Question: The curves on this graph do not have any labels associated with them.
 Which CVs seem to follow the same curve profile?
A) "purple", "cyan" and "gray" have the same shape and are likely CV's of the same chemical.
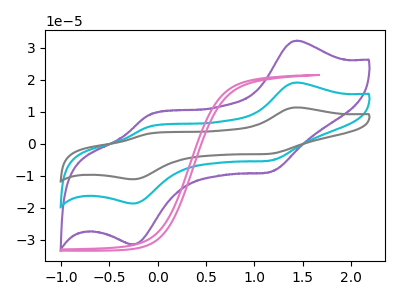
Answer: <think>The purple curve "purple" has anodic peaks at (1.45V, 32.15uA) (-0.10V, 8.95uA) and cathodic peaks at (1.15V, -8.80uA) (-0.25V, -31.40uA). The cyan curve "cyan" has anodic peaks at (1.45V, 19.10uA) (-0.10V, 5.30uA) and cathodic peaks at (1.15V, -5.20uA) (-0.25V, -18.65uA). The gray curve "gray" has anodic peaks at (1.45V, 38.20uA) (-0.10V, 10.65uA) and cathodic peaks at (1.15V, -10.45uA) (-0.25V, -37.30uA). The pink curve "pink" has no peaks.
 All the peaks in "purple" have a peak in "cyan" at the same potential. Every peak in "purple" is higher than every peak in "cyan". All the peaks in "purple" have a peak in "gray" at the same potential. Every peak in "purple" is lower than every peak in "gray". "purple" and "pink" have a different number of peaks. All the peaks in "cyan" have a peak in "gray" at the same potential. Every peak in "cyan" is lower than every peak in "gray". "cyan" and "pink" have a different number of peaks. "gray" and "pink" have a different number of peaks.</think>
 <answer>A) "purple", "cyan" and "gray" have the same shape and are likely CV's of the same chemical.</answer>
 <eval>A</eval>